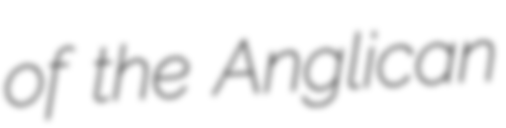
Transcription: of the Anglican